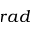
r a d